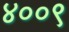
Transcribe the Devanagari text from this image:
४००९